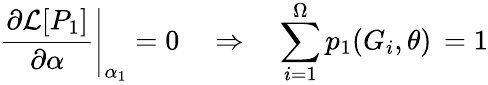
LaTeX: \left.\frac{\partial\mathcal{L}[P_{1}]}{\partial\alpha}\right|_{\alpha_{1}}=0\quad\Rightarrow\quad\sum_{i=1}^{\Omega}p_{1}(G_{i},\theta)\, =1